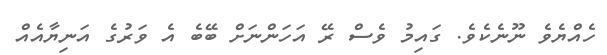
ހެއްޔެވެ ނޫނެކެވެ. ގައިމު ވެސް ރޭ އަހަންނަށް ބޭބެ އެ ވަރުގެ އަނިޔާއެއް